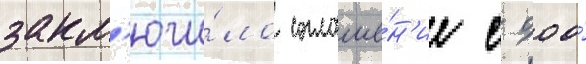
закл'ючи́ло соглаше́н'ие с ооо́